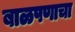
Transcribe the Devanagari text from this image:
बाळपणाचा